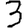
Digit: 3